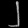
Digit: ၂